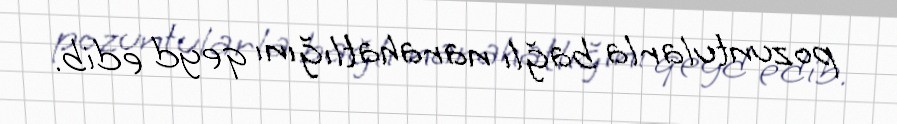
pozuntularla bağlı narahatlığını qeyd edib.